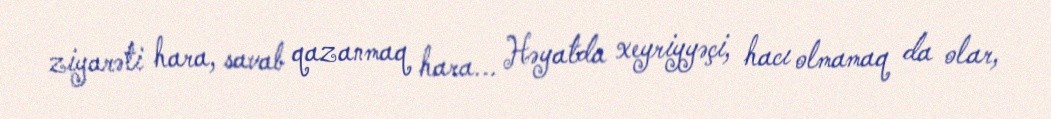
ziyarəti hara, savab qazanmaq hara... Həyatda xeyriyyəçi, hacı olmamaq da olar,